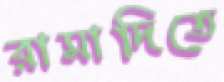
রামাদিতে